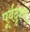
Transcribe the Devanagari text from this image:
पूर्वदृश्य